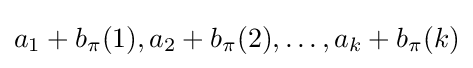
a_{1}+b_{\pi }(1),a_{2}+b_{\pi }(2),\ldots ,a_{k}+b_{\pi }(k)